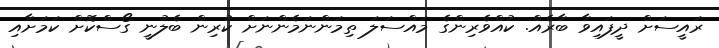
ރައީސަށް ދީފައިވާ ބާރެއް. ކުއްވެރިންގެ މައްސަލަ ތިމަންނަމެންނަށް ކުރިން ބެލުނީ ގޯސްކޮށް ކަމަށާއި